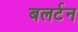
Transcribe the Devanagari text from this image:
बलर्टन